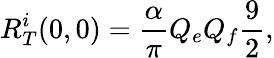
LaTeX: R_{T}^{i}(0,0)=\frac{\alpha}{\pi}Q_{e}Q_{f}\frac{9}{2},